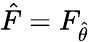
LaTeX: {\hat{F}}=F_{\hat{\theta}}